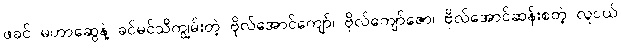
ဖခင် မဟာဆွေနဲ့ ခင်မင်သိကျွမ်းတဲ့ ဗိုလ်အောင်ကျော်၊ ဗိုလ်ကျော်ဇော၊ ဗိုလ်အောင်ဆန်းစတဲ့ လူငယ်